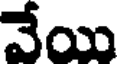
వేయి